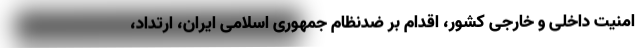
امنیت داخلی و خارجی کشور، اقدام بر ضدنظام جمهوری اسلامی ایران، ارتداد،